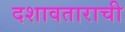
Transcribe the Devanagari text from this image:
दशावताराची